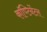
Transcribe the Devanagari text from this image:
कॉण्टिनेंटल